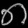
Digit: ၈